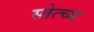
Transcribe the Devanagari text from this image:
स्तेत्च्य